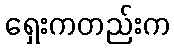
ရှေးကတည်းက